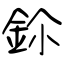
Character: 鉩